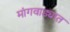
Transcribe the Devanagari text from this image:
मांगवाड्यात